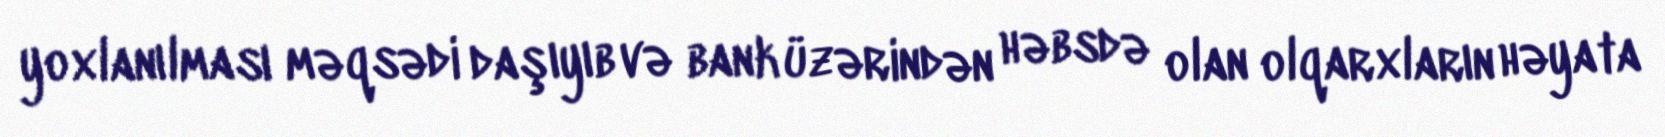
yoxlanılması məqsədi daşıyıb və bank üzərindən həbsdə olan olqarxların həyata